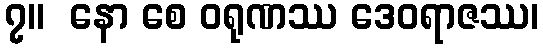
၇။  နော စေ ဝရုဏဿ ဒေဝရာဇဿ၊